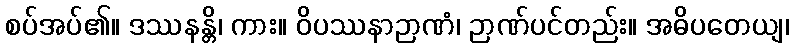
စပ်အပ်၏။ ဒဿနန္တိ၊ ကား။ ဝိပဿနာဉာဏံ၊ ဉာဏ်ပင်တည်း။ အဓိပတေယျ၊